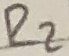
Text: R2